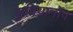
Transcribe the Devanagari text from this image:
कुप्रियानोव